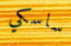
ساسكي